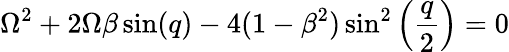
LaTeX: \Omega^{2}+2\Omega\beta\sin(q)-4(1-\beta^{2})\sin^{2}\left(\frac{q}{2}\right)=0